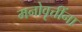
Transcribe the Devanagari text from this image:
मनोवृत्तींना